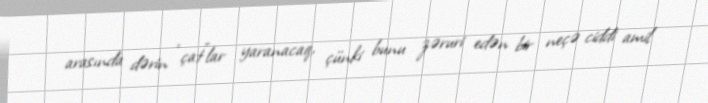
arasında dərin “çat”lar yaranacaq, çünki bunu zəruri edən bir neçə ciddi amil